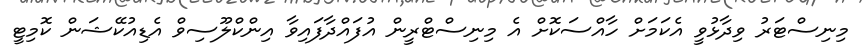
މިނިސްޓަރު ވިދާޅުވީ އެކަމަށް ހާއްސަކޮށް އެ މިނިސްޓްރީން އުފައްދާފައިވާ އިންކްލޫސިވް އެޑިއުކޭޝަން ކޮމިޓީ